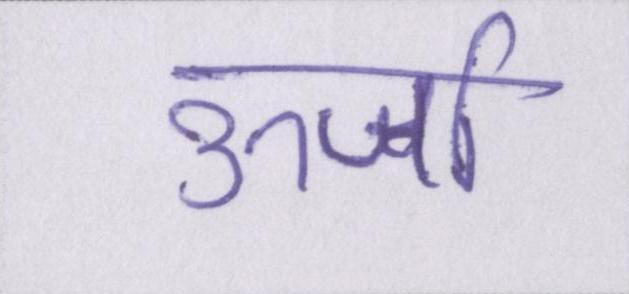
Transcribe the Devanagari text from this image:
ऊर्जा